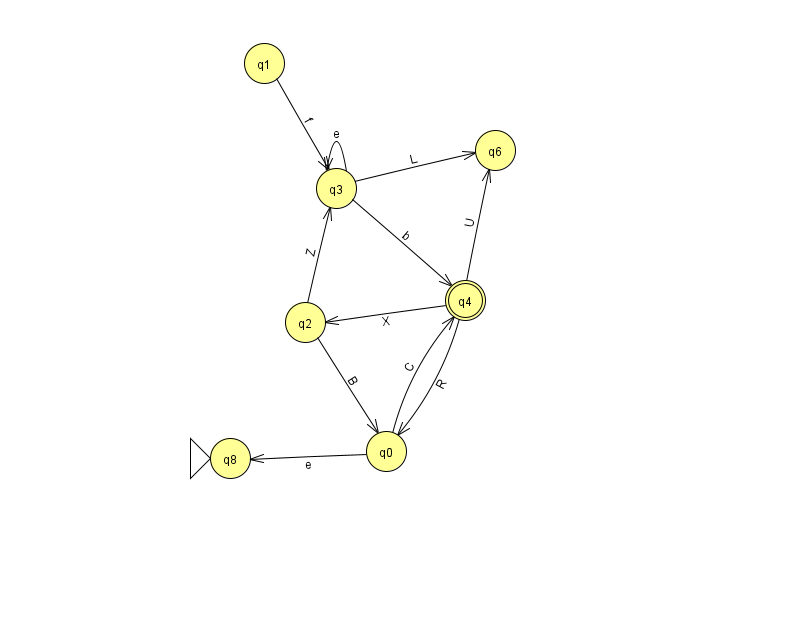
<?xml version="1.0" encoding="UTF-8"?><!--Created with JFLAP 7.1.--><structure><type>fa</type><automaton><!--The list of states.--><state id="0" name="q0"><x>386.0</x><y>438.0</y></state><state id="1" name="q1"><x>264.0</x><y>50.0</y></state><state id="2" name="q2"><x>305.0</x><y>309.0</y></state><state id="3" name="q3"><x>336.0</x><y>175.0</y></state><state id="4" name="q4"><x>465.0</x><y>287.0</y><final/></state><state id="6" name="q6"><x>495.0</x><y>137.0</y></state><state id="8" name="q8"><x>230.0</x><y>445.0</y><initial/></state><!--The list of transitions.--><transition><from>4</from><to>6</to><read>U</read></transition><transition><from>0</from><to>4</to><read>C</read></transition><transition><from>1</from><to>3</to><read>f</read></transition><transition><from>3</from><to>3</to><read>e</read></transition><transition><from>3</from><to>6</to><read>L</read></transition><transition><from>4</from><to>0</to><read>R</read></transition><transition><from>4</from><to>2</to><read>X</read></transition><transition><from>2</from><to>0</to><read>B</read></transition><transition><from>2</from><to>3</to><read>Z</read></transition><transition><from>0</from><to>8</to><read>e</read></transition><transition><from>3</from><to>4</to><read>b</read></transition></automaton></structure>